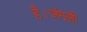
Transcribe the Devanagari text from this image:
है।जंगली